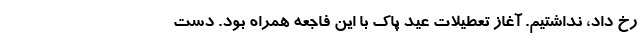
رخ داد، نداشتیم. آغاز تعطیلات عید پاک با این فاجعه همراه بود. دست